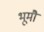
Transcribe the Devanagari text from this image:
भूमौ